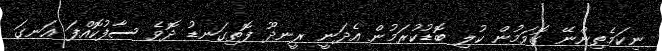
ނިކަމެތިންނޭ ގޮވަމުން ކުލި ބޮޑުކުރަމުން އެދަނީ ރީނދޫ ފޮތިގަނޑު ދޮވެ ސާފުކޮއްފަ އަނގަ